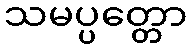
သမပ္ပတ္တော